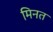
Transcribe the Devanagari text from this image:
मिनत